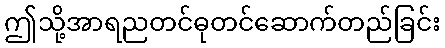
ဤသို့အာရညတင်ဓုတင်ဆောက်တည်ခြင်း